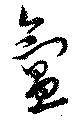
氳